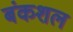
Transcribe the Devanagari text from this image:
बंकशल